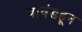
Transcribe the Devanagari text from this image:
चावंडहून